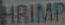
HRIMP